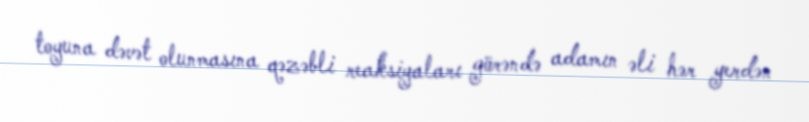
toyuna dəvət olunmasına qəzəbli reaksiyaları görəndə adamın əli hər yerdən